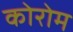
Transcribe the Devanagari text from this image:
कोरोम